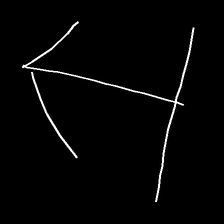
Glyph: levitation